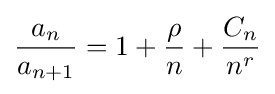
{\frac {a_{n}}{a_{n+1}}}=1+{\frac {\rho }{n}}+{\frac {C_{n}}{n^{r}}}